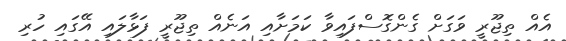
އެއް ތިޖޫރީ ވަގަށް ގެންގޮސްފައިވާ ކަމަށާއި އަނެއް ތިޖޫރީ ފަޅާލައި އޭގައި ހުރި